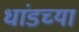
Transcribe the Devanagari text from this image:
धांडच्या